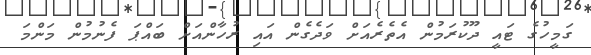
ގަމީހުގެ ޓައީ ދޫކުރަމުން އެތެރެއަށް ވަދެގެން އައި ރުހާންއަަށް ބައްޕަ ފެނުމުން މަންމަ